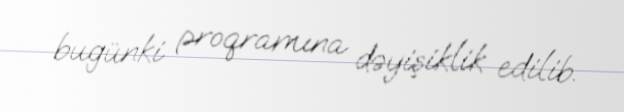
bugünki proqramına dəyişiklik edilib.